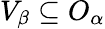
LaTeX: V_{\beta}\subseteq O_{\alpha}